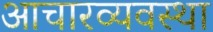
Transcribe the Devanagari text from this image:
आचारव्यवस्था